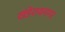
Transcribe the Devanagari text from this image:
खंडेरावनगर